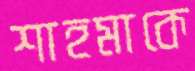
শাহমাকে